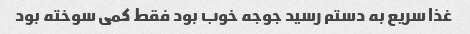
غذا سریع به دستم رسید جوجه خوب بود فقط کمی سوخته بود